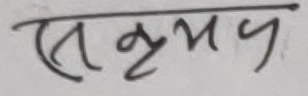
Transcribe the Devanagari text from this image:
सकृप